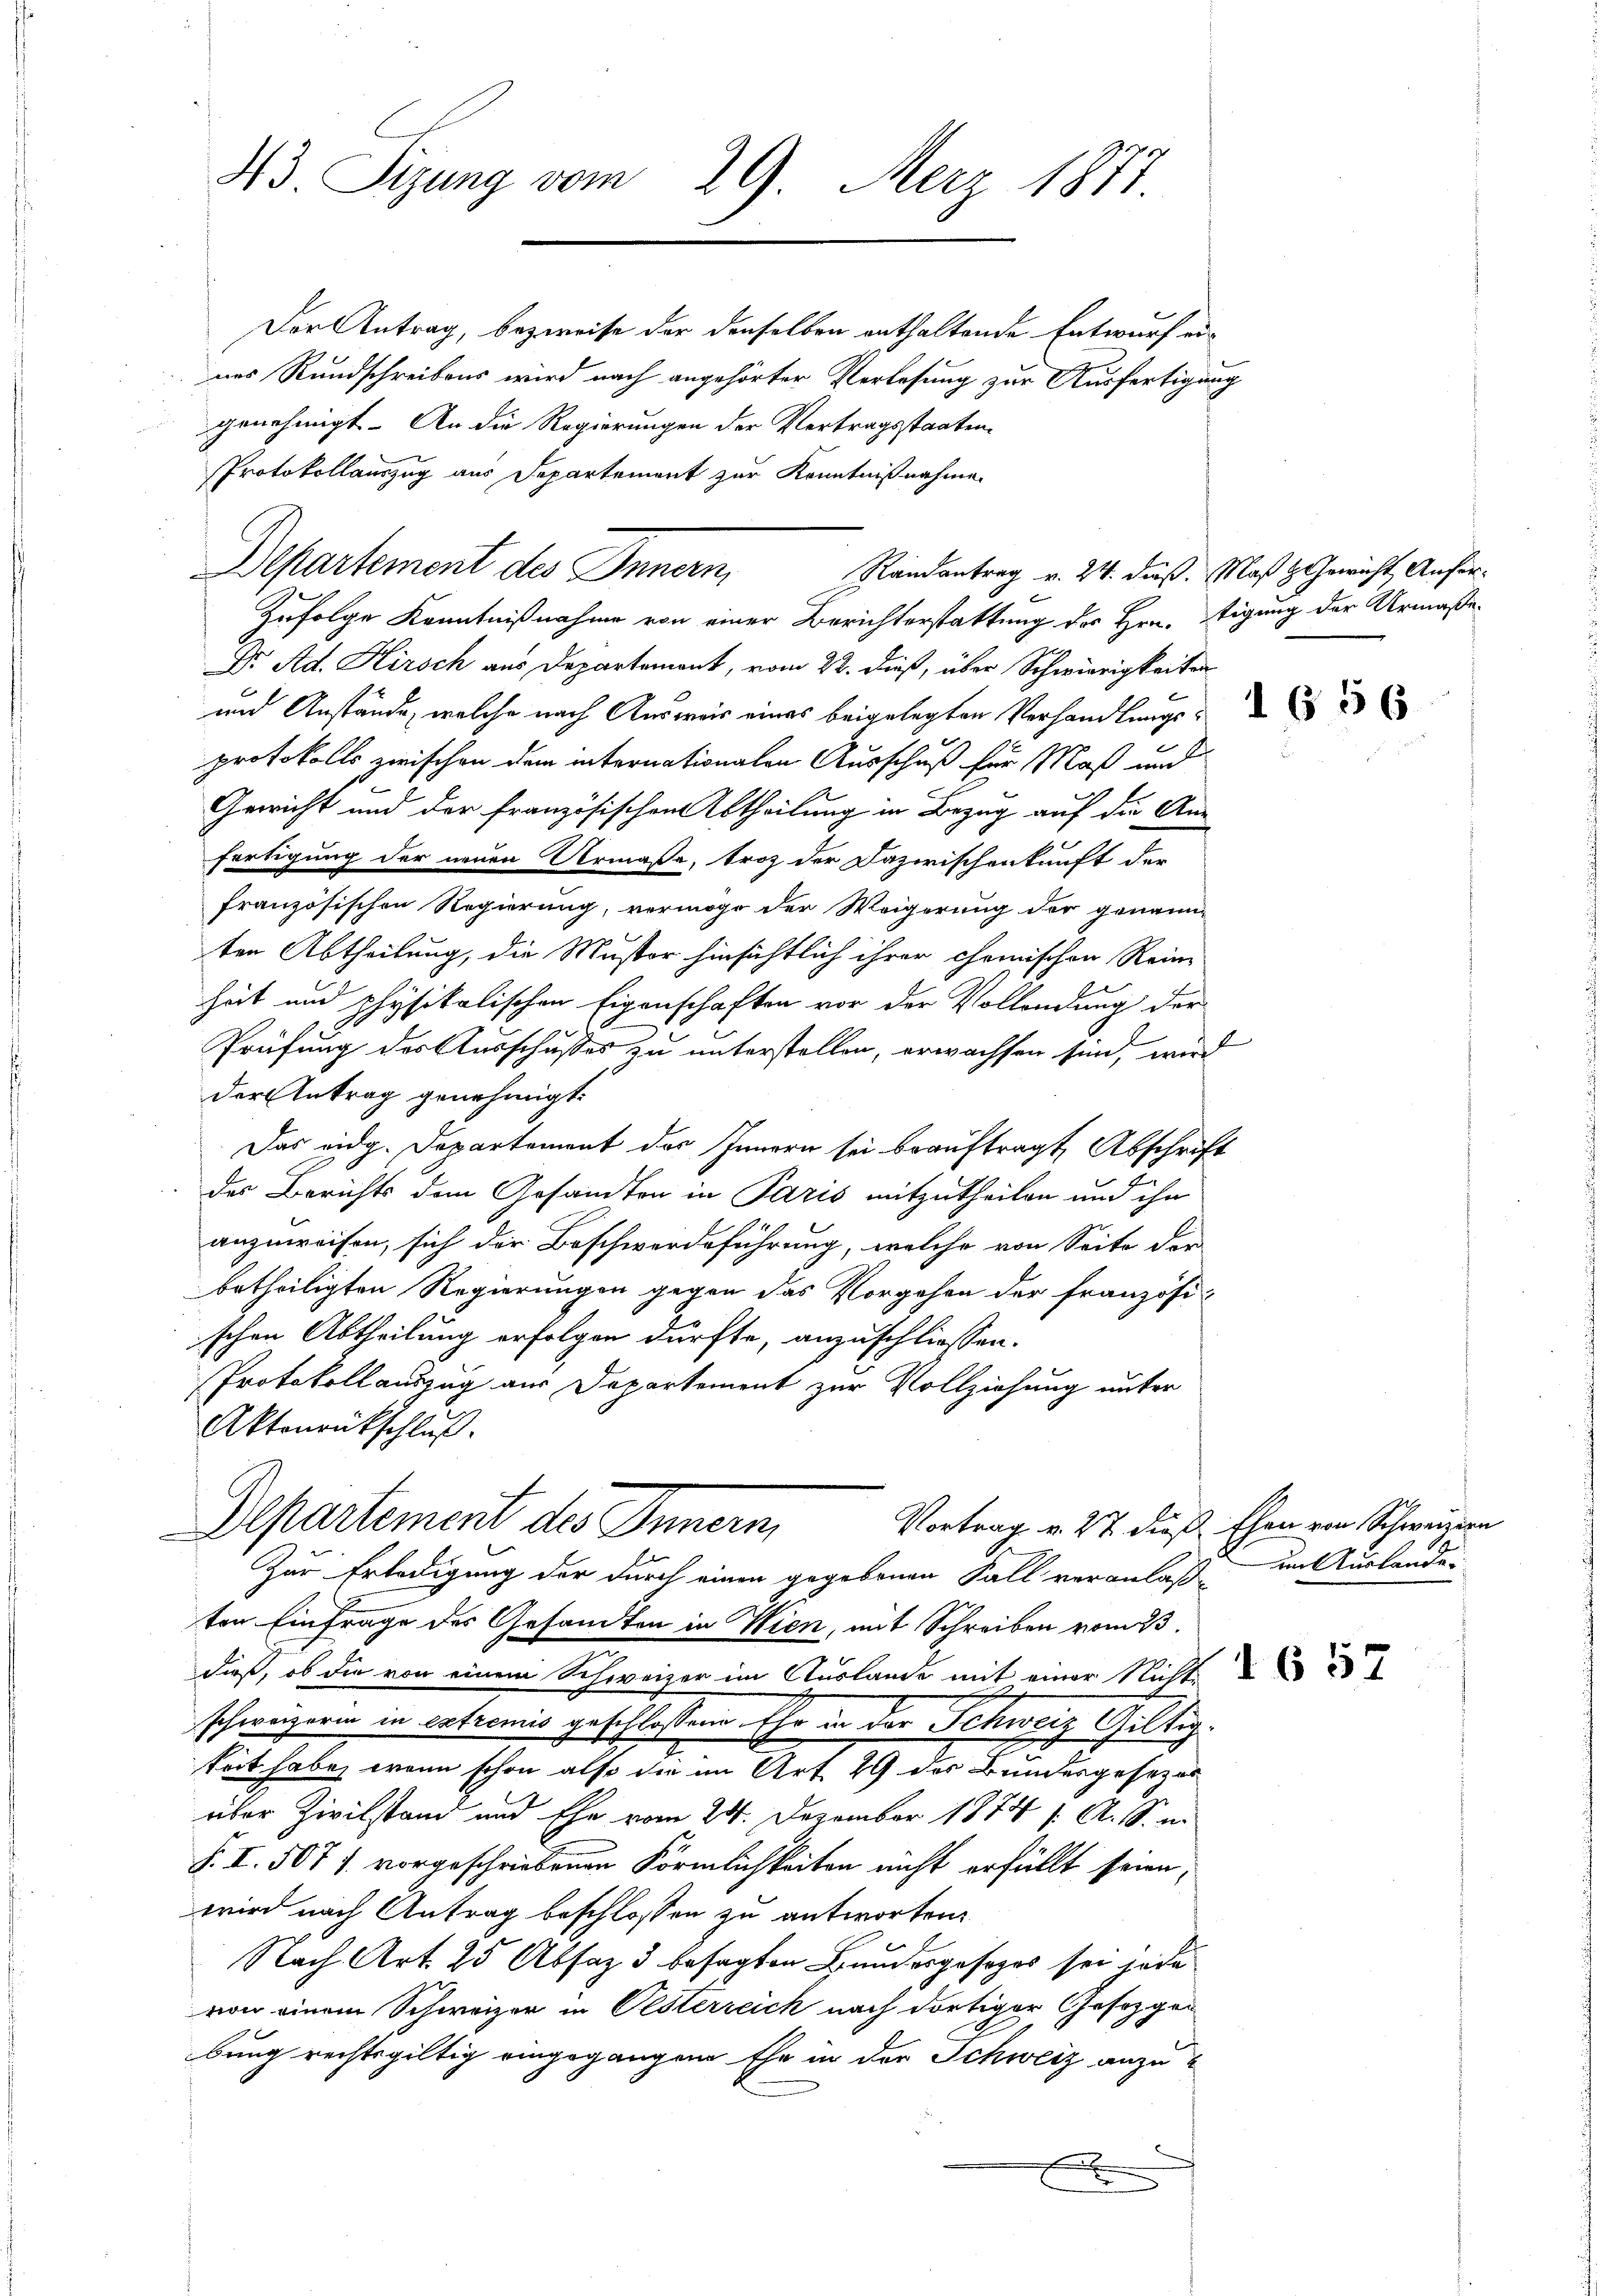
43 Sizung vom 29. Merz 1877.

Departement des Innern,
Randantrag v. 24. dieß. Maß & Gewicht Anfor¬

Der Antrag, bezweife der denselben enthaltende Entwurf eines Rundschreibens wird nach angehörter Verlesung zur Ausfertigung
genehmigt. An die Regierungen der Vertragsstaaten¬
Protokollauszug aus Departement zur Kenntnißnahme
Zufolge Kenntnißnahme von einer Berichterstattung des Hrn. Etigung der Urmaße
Dr. Ad. Kirsch aus Departement, vom 22. dieß, über Schwierigkeiten
und Anstände, welche nach Ausweis eines beigelegten Verhandlungs-
protokolls zwischen dem internationalen Ausschuß für Maß und
Gewicht und der französischen Abtheilung in Bezug auf die An-
fertigung der neuen Urmaße, trotz der Dazwischenkunft der
französischen Regierung, vermöge der Weigerung der genann
ten Abtheilung, die Muster hinsichtlich ihrer chemischen Reine
heit und physikalischen Eigenschaften vor der Vollendung der
Prüfung des Ausschußes zu unterstellen, erwachsen sei, wird
der Antrag genehmigt.
Das eidg. Departement des Innern sei beauftragt, Abschrift
des Berichts dem Gesandten in Paris mitzutheilen und ihr
anzuweisen, sich der Beschwerdeführung, welche von Seite der
betheiligten Regierungen gegen das Vorgehen der Französi-
schen Abtheilung erfolgen dürfte, anzuschliessen.
Protokollauszug aus Departement zur Vollziehung unter
Aktenrückschluß.
Departement des Innern,
Vortrag v. 27 dieß Ehen von Schweizern
Zur Erledigung der durch einen gegebenen Fall veranlaß in Auslande-
ten Einfrage des Gesandten in Wien, mit Schreiben vom 23.
dieß, ob die von einem Schweizer im Auslande mit einer Nicht
schweizerin in extremis geschlossene Ehe in der Schweiz Giltig
kört habe, wenn schon also die im Art. 29 des Bundesgesezes
über Zivilstand und Ehe vom 24. Dezember 1874 f. A. S. ii
J. I. 507 f. vorgeschriebenen Förmlichkeiten nicht erfüllt seien,
wird nach Antrag beschlossen zu antworten
Nach Art. 25 Absaz 3 besagten Bundesgesezes sei jede
von einem Schweizer in Oesterreich nach dortiger Gesezgen
bung rechtsgültig eingegangen Ehe in der Schweiz anzu¬
F